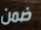
ضمن